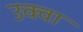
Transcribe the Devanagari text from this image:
उक्वा